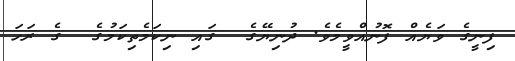
ފިނީގެ ވަޔެއް ފޮނުއްވީމެވެ. ދުނިޔޭގެ  ގައި ނިކަމެތިކަމުގެ  ގެ ރަހަ